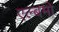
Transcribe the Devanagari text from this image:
एल्बमो